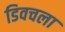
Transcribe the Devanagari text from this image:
डिवचला